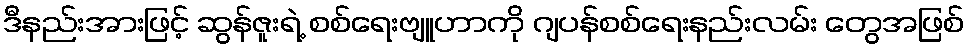
ဒီနည်းအားဖြင့် ဆွန်ဇူးရဲ့ စစ်ရေးဗျူဟာကို ဂျပန်စစ်ရေးနည်းလမ်း တွေအဖြစ်